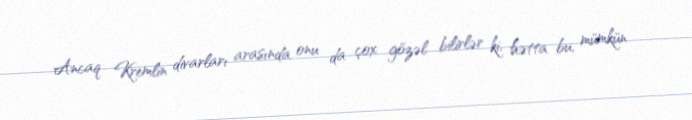
Ancaq Kremlin divarları arasında onu da çox gözəl bilirlər ki, hətta bu, mümkün